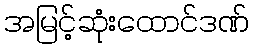
အမြင့်ဆုံးထောင်ဒဏ်